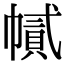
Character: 𢄽